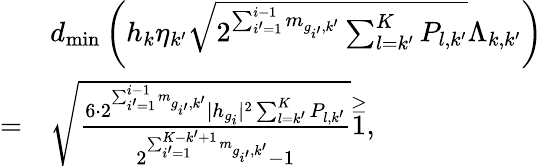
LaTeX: \begin{array}{rl}&{d_{\operatorname*{min}}\left(h_{k}\eta_{k^{\prime}}\sqrt{2^{\sum_{i^{\prime}=1}^{i-1}m_{g_{i^{\prime}},k^{\prime}}}\sum_{l=k^{\prime}}^{K}P_{l,k^{\prime}}}\Lambda_{k,k^{\prime}}\right)}\\ {=}&{\sqrt{\frac{6\cdot 2^{\sum_{i^{\prime}=1}^{i-1}m_{g_{i^{\prime}},k^{\prime}}}|h_{g_{i}}|^{2}\sum_{l=k^{\prime}}^{K}P_{l,k^{\prime}}}{2^{\sum_{i^{\prime}=1}^{K-k^{\prime}+1}m_{g_{i^{\prime}},k^{\prime}}}-1}}\overset{\geq}1,}\end{array}